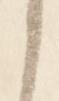
之